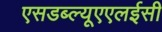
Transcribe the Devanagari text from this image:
एसडब्ल्यूएएलईसी